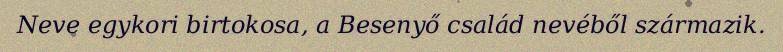
Neve egykori birtokosa, a Besenyő család nevéből származik.